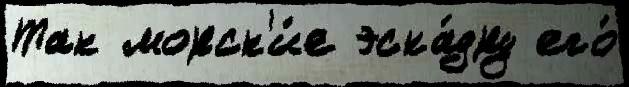
Так морск'и́е эска́дру его́